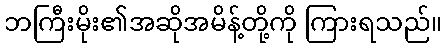
ဘကြီးမိုး၏အဆိုအမိန့်တို့ကို ကြားရသည်။